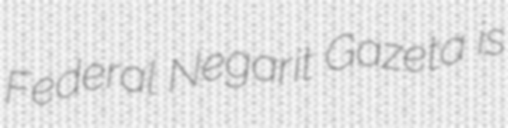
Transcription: Federal Negarit Gazeta is